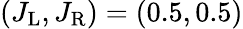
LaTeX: (J_{\mathrm{L}},J_{\mathrm{R}})=(0.5,0.5)